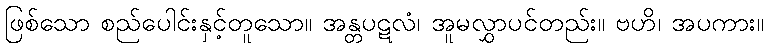
ဖြစ်သော စည်ပေါင်းနှင့်တူသော။ အန္တပဋလံ၊ အူမလွှာပင်တည်း။ ဗဟိ၊ အပကား။